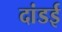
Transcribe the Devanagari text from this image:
दांडई